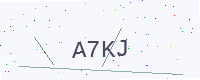
Text: A7KJ